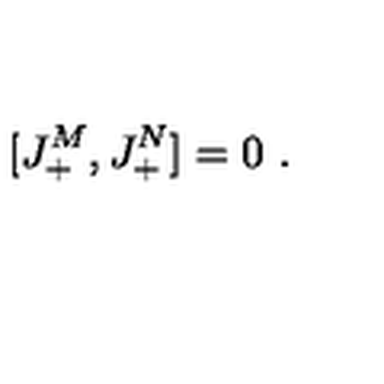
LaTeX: [ J _ { + } ^ { M } , J _ { + } ^ { N } ] = 0 \ .